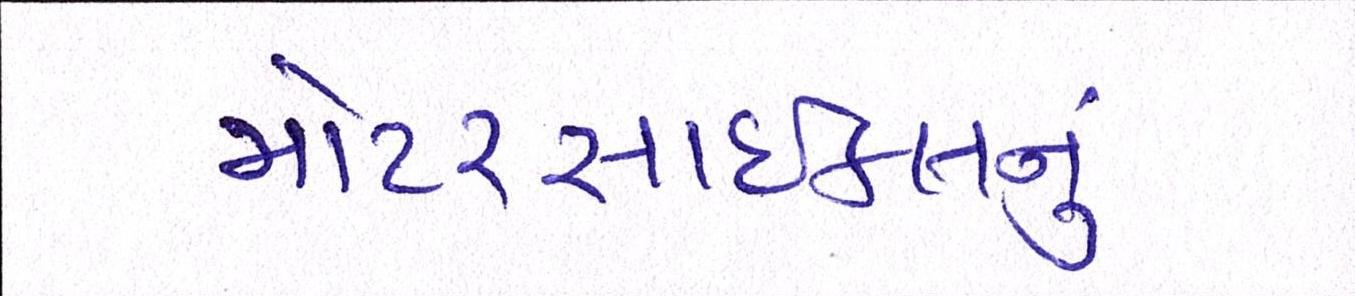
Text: મોટરસાઇકલનું